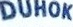
DUHOK